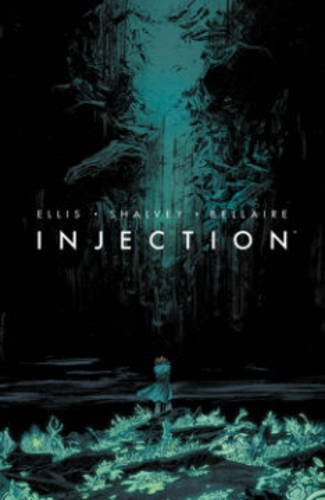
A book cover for Injection Volume 1 (Injection Tp); Warren Ellis; Comics & Graphic Novels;